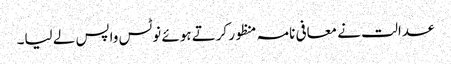
عدالت نے معافی نامہ منظور کرتے ہوئے نوٹس واپس لے لیا۔